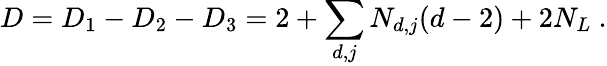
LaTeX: D=D_{1}-D_{2}-D_{3}=2+\sum_{d,j}N_{d,j}(d-2)+2N_{L}\ .